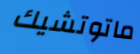
ماتوتشيك